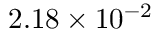
2 . 1 8 \times 1 0 ^ { - 2 }